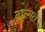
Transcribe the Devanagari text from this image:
द्रष्टृगत